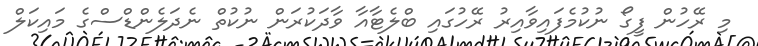
މި ރޭހުން ފީގޯ ނުކުމެފައިވާއިރު ރޭހުގައި ބްލެޓާއާ ވާދަކުރަން ނުކުތް ނެދަލެންޑްސްގެ މައިކަލް